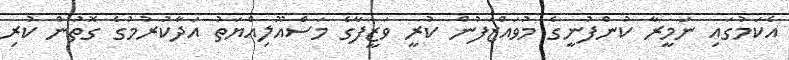
އެކަމުގައި ނަމީރާ ކުންފުނީގެ މުވައްޒަފުން ކުރީ ވަޒީފާގެ މަސްއޫލިއްޔަތު އަދާކުރުމުގެ ގޮތުން ކުރި